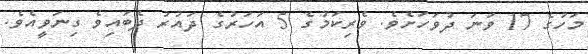
މަހުގެ 17 ވަނަ ދުވަހަށެވެ. ވެރިކަމުގެ 5 އަހަރުގެ ދައުރު ދެބައިވެ ގިނަވީއެވެ.